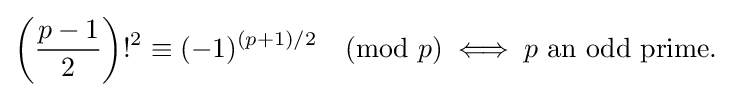
\left({\frac {p-1}{2}}\right)!^{2}\equiv (-1)^{(p+1)/2}{\pmod {p}}\iff p{\text{ an odd prime. }}